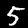
Label: 5